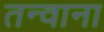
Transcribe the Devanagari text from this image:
तन्वाना